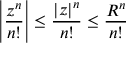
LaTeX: \left| { \frac { z ^ { n } } { n ! } } \right| \leq { \frac { | z | ^ { n } } { n ! } } \leq { \frac { R ^ { n } } { n ! } }